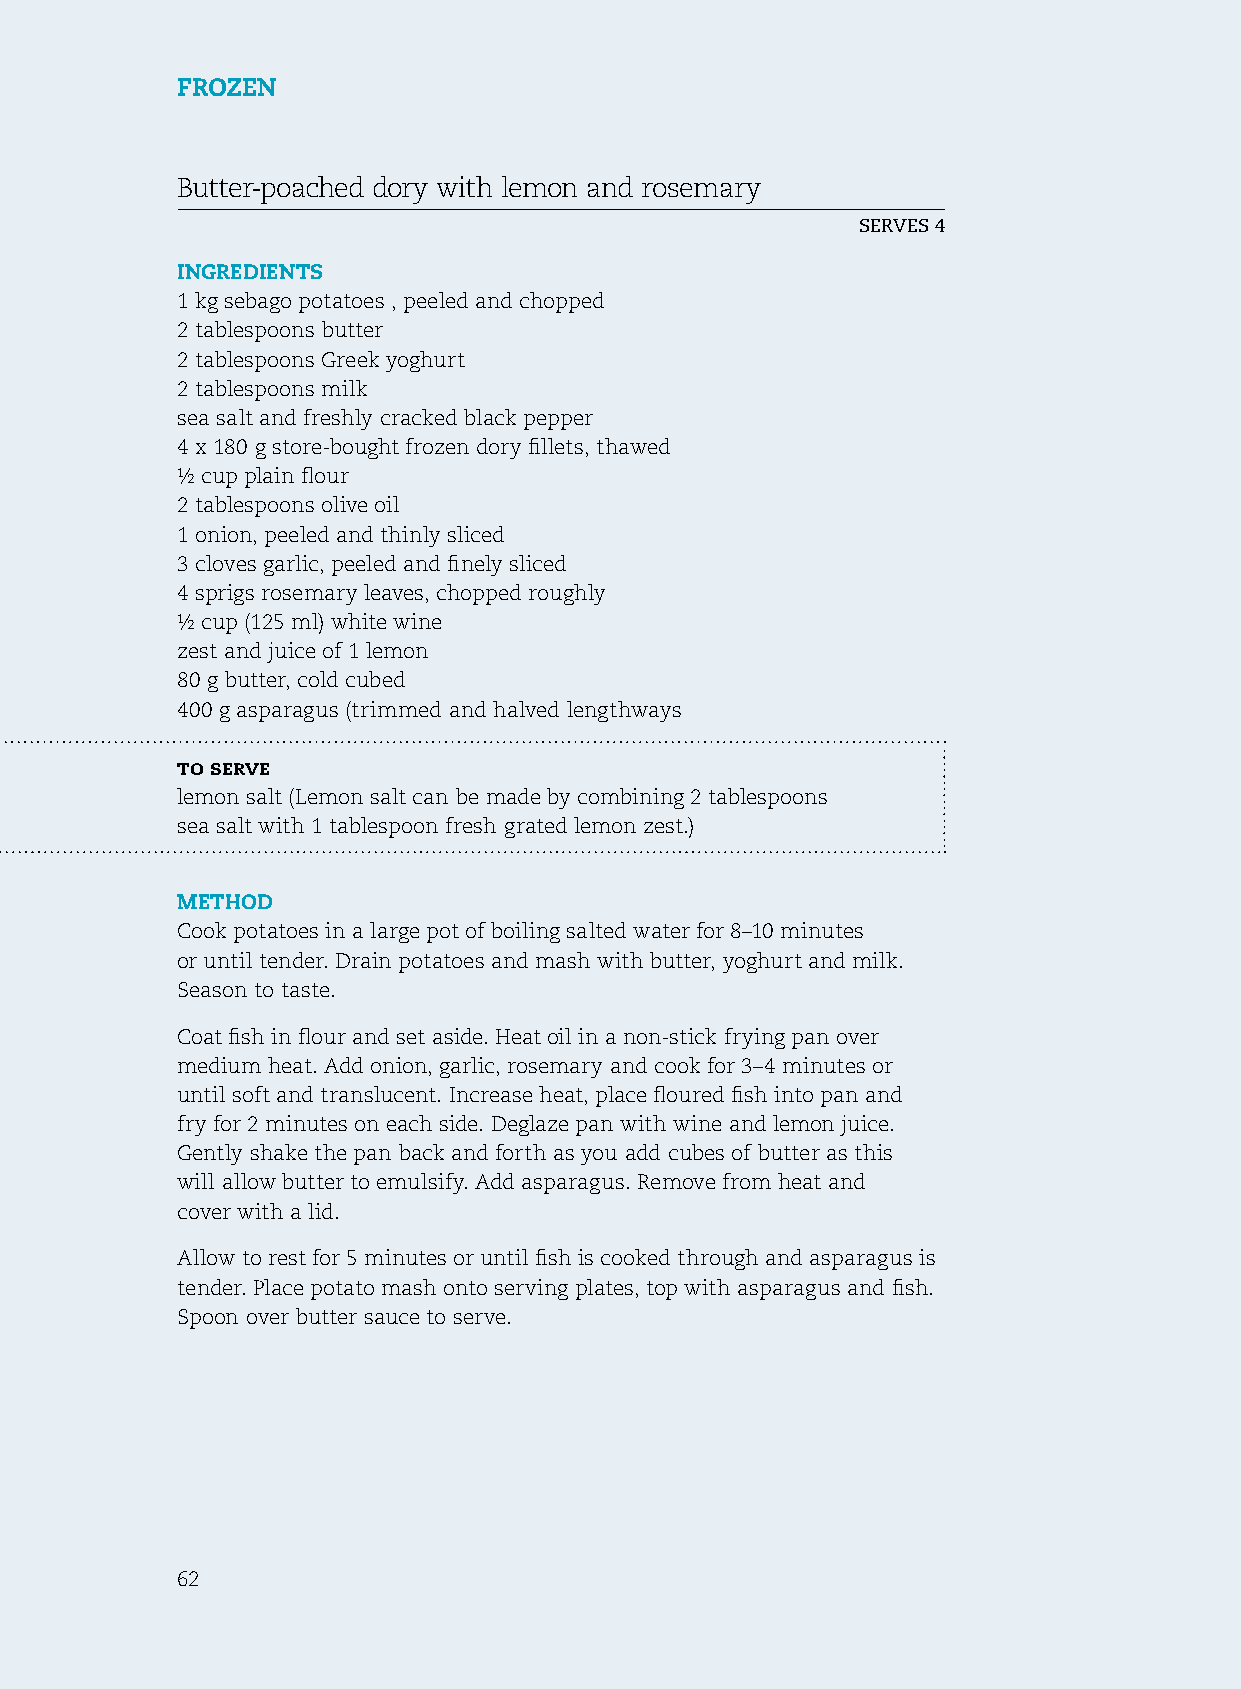
Frozen
 Butter-poached dory with lemon and rosemary
 serves 4
 ingredients
 1 kg sebago potatoes , peeled and chopped
 2 tablespoons butter
 2 tablespoons Greek yoghurt
 2 tablespoons milk
 sea salt and freshly cracked black pepper
 4 x 180 g store-bought frozen dory fillets, thawed
 ½ cup plain flour
 2 tablespoons olive oil
 1 onion, peeled and thinly sliced
 3 cloves garlic, peeled and finely sliced
 4 sprigs rosemary leaves, chopped roughly
 ½ cup (125 ml) white wine
 zest and juice of 1 lemon
 80 g butter, cold cubed
 400 g asparagus (trimmed and halved lengthways
 to serve
 lemon salt (Lemon salt can be made by combining 2 tablespoons
 sea salt with 1 tablespoon fresh grated lemon zest.)
 method
 Cook potatoes in a large pot of boiling salted water for 8–10 minutes
 or until tender. Drain potatoes and mash with butter, yoghurt and milk.
 season to taste.
 Coat fish in flour and set aside. heat oil in a non-stick frying pan over
 medium heat. Add onion, garlic, rosemary and cook for 3–4 minutes or
 until soft and translucent. Increase heat, place floured fish into pan and
 fry for 2 minutes on each side. Deglaze pan with wine and lemon juice.
 Gently shake the pan back and forth as you add cubes of butter as this
 will allow butter to emulsify. Add asparagus. remove from heat and
 cover with a lid.
 Allow to rest for 5 minutes or until fish is cooked through and asparagus is
 tender. Place potato mash onto serving plates, top with asparagus and fish.
 spoon over butter sauce to serve.
 62